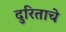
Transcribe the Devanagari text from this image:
दुरिताचे